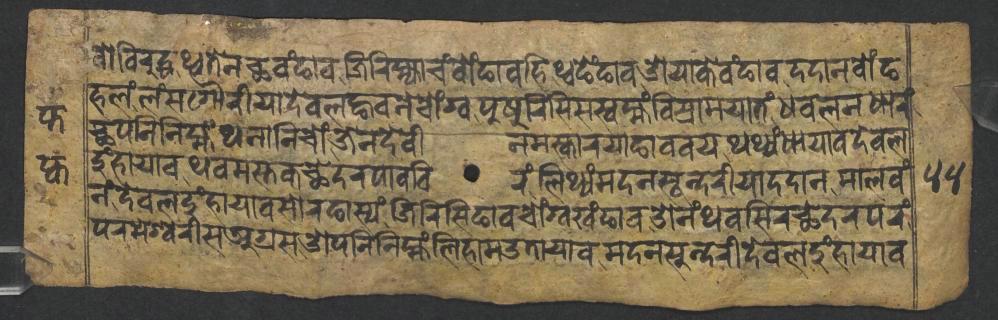
𑐰𑑀𑐰𑐶𑐬𑐸𑐡𑑂𑐢𑐠𑑂𑐰𑐟𑐾𑐣𑐕𑐰𑑄𑐒𑐵𑐰𑐖𑐶𑐬𑐶𑐩𑑂𑐴𑑂𑐫𑐵𑐔𑑄𑐧𑑀𑑄𑐒𑐵𑐰𑐴𑐶𑐠𑑂𑐰𑐒𑐾𑑄𑐒𑐵𑐰𑐌𑐫𑐵𑐎𑐾𑐰𑑄𑐒𑐵𑐰𑐡𑐡𑐵𑐣𑐧𑑀𑑄𑐒 𑐴𑐮𑑄𑐮𑑄𑐳𑐐𑑁𑐬𑐷𑐫𑐵𑐡𑐾𑐰𑐮𑐒𑑂𑐴𑐰𑐣𑐾𑐔𑑀𑑄𑐐𑑂𑐰𑐥𑐸𑐲𑐸𑐬𑐶𑐳𑐶𑐳𑐳𑑂𑐰𑐩𑑂𑐴𑑄𑐰𑐶𑐱𑑂𑐬𑐵𑐩𑐫𑐵𑐟𑑄𑐢𑐰𑐮𑐣𑐢𑐵𑐬𑑄 𑐕𑐥𑐣𑐶𑐣𑐶𑐩𑑂𑐴𑑄𑐠𑐣𑐵𑐣𑐶𑐔𑑀𑑄𑐖𑐾𑐣𑐡𑐾𑐰𑐷𑐣𑐩𑐳𑑂𑐎𑐵𑐬𑐫𑐵𑐒𑐵𑐰𑐰𑐫𑐠𑐠𑑂𑐫𑑄𑐢𑐵𑐫𑐵𑐰𑐡𑐾𑐰𑐮 𑐡𑐸𑑄𑐴𑐵𑐫𑐵𑐰𑐠𑐰𑐩𑐳𑑂𑐟𑐎𑐕𑐾𑐡𑐬𑐥𑐵𑐰𑐧𑐶𑐬𑑄𑐮𑐶𑐠𑑂𑐫𑑄𑐩𑐡𑐣𑐳𑐹𑐣𑑂𑐡𑐬𑐷𑐫𑐵𑐡𑐡𑐵𑐣𑐩𑐵𑐮𑐰𑑄 𑐣𑑄𑐡𑐾𑐰𑐮𑐡𑐸𑑄𑐴𑐵𑐫𑐵𑐰𑐳𑑀𑐬𑐒𑐵𑐳𑑂𑐫𑑄𑐖𑐶𑐬𑐶𑐳𑐶𑐒𑐵𑐰𑐔𑑀𑑄𑐐𑑂𑐰𑐏𑑄𑐒𑐵𑐰𑐌𑐣𑑄𑐠𑐰𑐳𑐶𑐬𑐕𑐾𑐡𑐬𑐥𑐬𑑄 𑐥𑐬𑐩𑐾𑐱𑑂𑐰𑐬𑐷𑐳𑐀𑐐𑑂𑐬𑐳𑐌𑐥𑐣𑐶𑐣𑐶𑐩𑑂𑐴𑑄𑐮𑐶𑐴𑐵𑐩𑑁𑐟𑐵𑐫𑐵𑐰𑐩𑐡𑐣𑐳𑐸𑐣𑑂𑐡𑐬𑐷𑐡𑐾𑐰𑐮𑐡𑐸𑑄𑐴𑐵𑐫𑐵𑐰